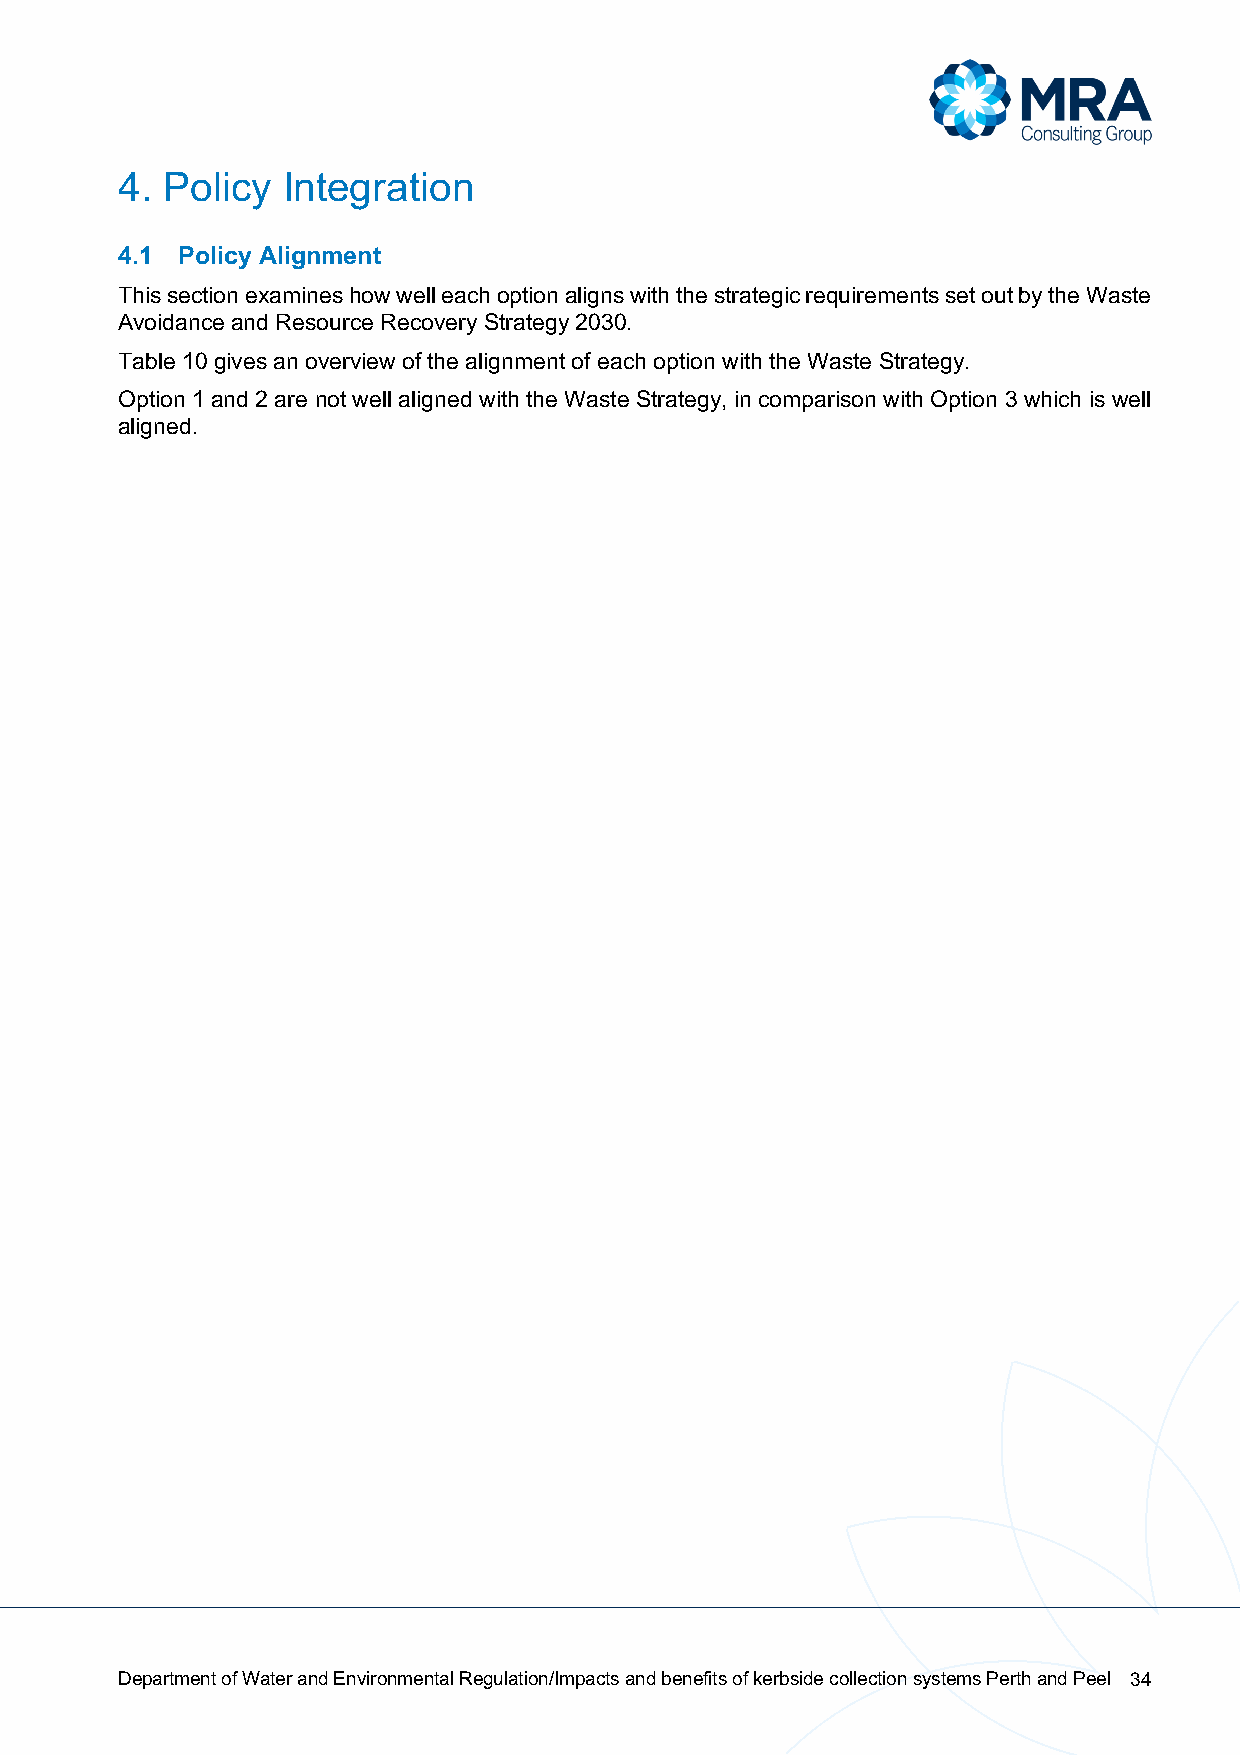
4. Policy  Integration
 4.1 Policy Alignment
 This section examines how well each option aligns with the strategic requirements set out by the Waste
 Avoidance and Resource Recovery Strategy 2030.
 Table 10 gives an overview of the alignment of each option with the Waste Strategy.
 Option 1 and 2 are not well aligned with the Waste Strategy, in comparison with Option 3 which is well
 aligned.
 Department of Water and Environmental Regulation/Impacts and benefits of kerbside collection systems Perth and Peel 34